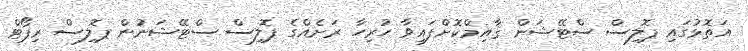
އަތޮޅުގައި ޕޮލިސް ސްޓޭޝަން ޤާއިމްކޮށްފައިވާ ހުރިހާ ރަށެއްގެ ޕޮލިސް ސްޓޭޝަނުން ޕޮލިސް ރިޕޯޓް